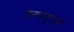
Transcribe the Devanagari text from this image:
इनफ्लुएंज़ा